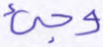
وجيء